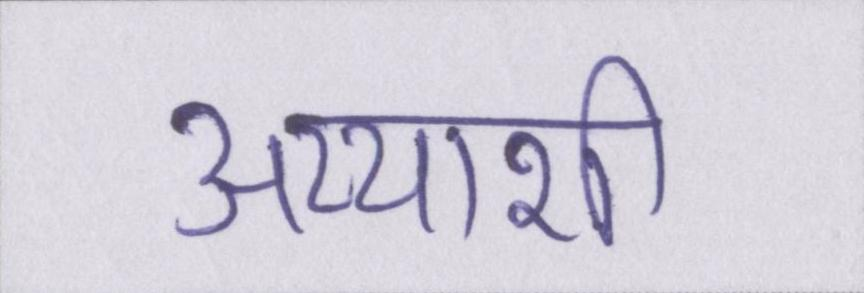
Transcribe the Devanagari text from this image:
अय्याशी